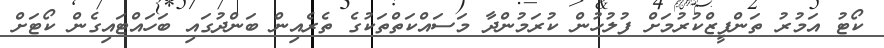
ކޯޓު އަމުރު ތަންފީޒްކުރުމަށް ފުލުހުން ކުރަމުންދާ މަސައްކަތްތަކުގެ ތެރެއިން ބަންދުގައި ބަހައްޓައިގެން ކޯޓަށް